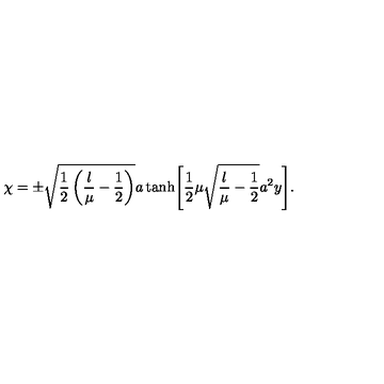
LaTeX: \chi = \pm \sqrt { \frac { 1 } { 2 } \left( \frac { \l } { \mu } - \frac { 1 } { 2 } \right) } a \tanh \Biggl [ \frac { 1 } { 2 } \mu \sqrt { \frac { \l } { \mu } - \frac { 1 } { 2 } } a ^ { 2 } y \Biggr ] .